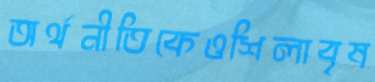
অর্থনীতিকেওশিলাবৃষ